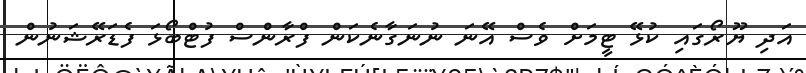
އަދި ޔޫރޯގައި ކުޅޭ ޓީމަށް ވެސް އޭނަ ނުނަގާނެކަން ފްރާންސް ފުޓްބޯޅަ ފެޑަރޭޝަނުން